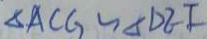
\Delta A C G \sim \Delta D E F